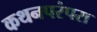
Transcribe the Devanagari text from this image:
कथनपरंपरा